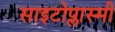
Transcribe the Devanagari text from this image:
साइटोप्लास्मी